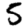
Digit: 5